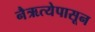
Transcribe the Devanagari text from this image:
नैऋत्येपासून